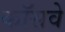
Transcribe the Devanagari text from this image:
कॉसवे